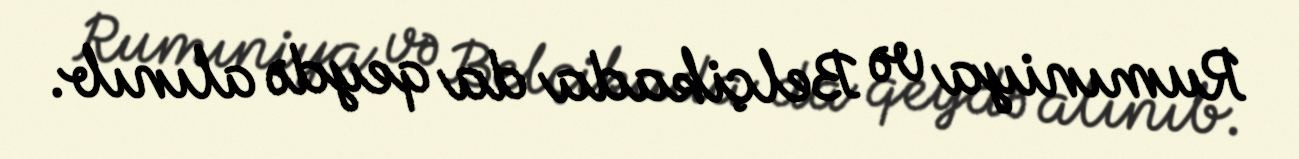
Rumıniya və Belçikada da qeydə alınıb.